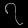
Digit: ၇